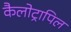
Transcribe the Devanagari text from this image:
कैलोट्रापिल